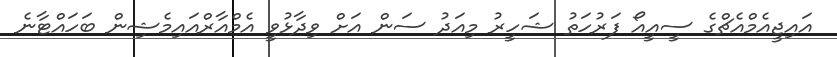
އައިޖީއެމްއެޗްގެ ސީއީއޯ ފަރުހަތު ޝަހީރު މިއަދު ސަން އަށް ވިދާޅުވީ އެމްއާރްއައިމެޝިން ބަހައްޓާނެ